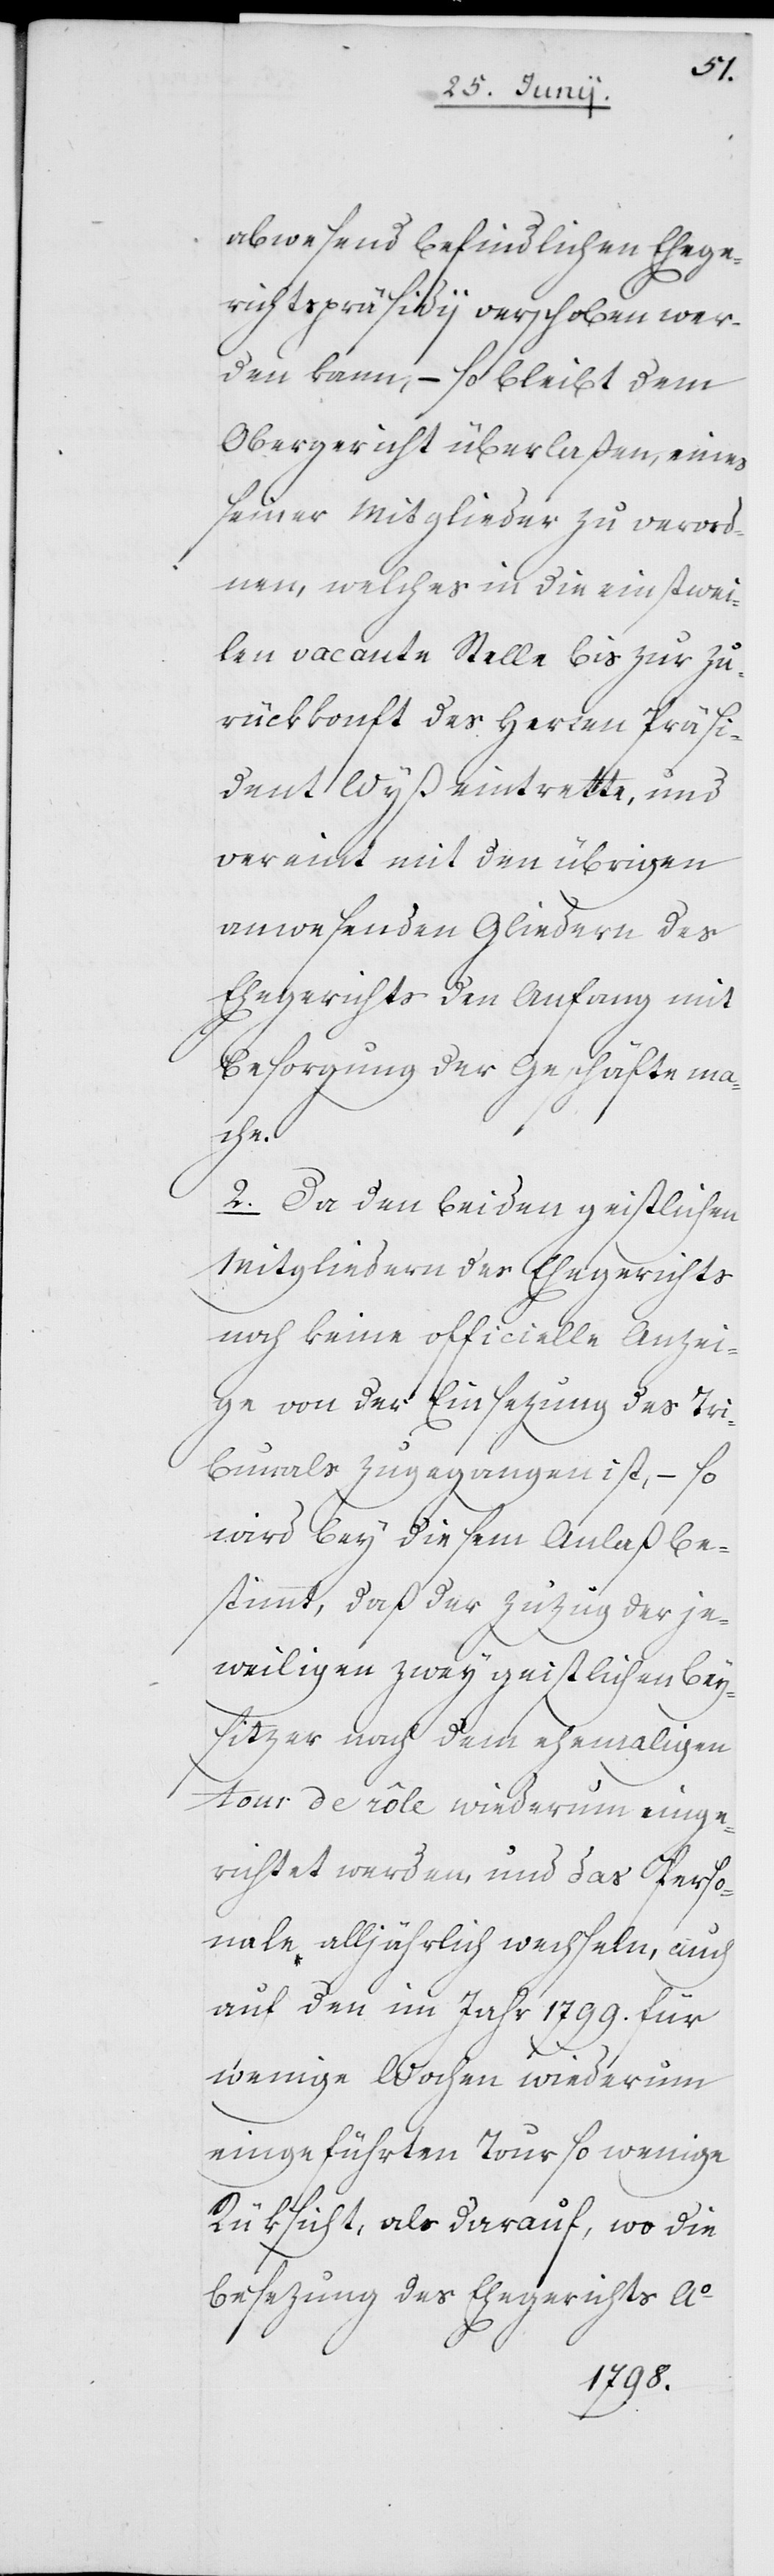
abwesend befindlichen Ehege¬
richtspräsidij verschoben wer¬
den kann, – so bleibt dem
Obergericht überlaßen, eines
seiner Mitglieder zu verord¬
nen, welches in die einstwei¬
len vacante Stelle bis zur Zu¬
rückkonft des Herren Präsi¬
dent Wyß eintrette, und
vereint mit den übrigen
anwesenden Gliedern des
Ehegerichts den Anfang mit
Besorgung der Geschäfte ma¬
che.
2. Da den beiden geistlichen
Mitgliedern des Ehegerichts
noch keine officielle Anzei¬
ge von der Einsezung des Tri¬
bunals zugegangen ist, – so
wird bey diesem Anlaß be¬
stimmt, daß der Zuzug der je¬
weiligen zwey geistlichen Bey¬
sizer nach dem ehemaligen
tour de rôle wiederum einge¬
richtet werden, und das Perso¬
nale alljährlich wechseln, auch
auf den im Jahr 1799. für
wenige Wochen wiederum
eingeführten Tour so wenige
Rüksicht, als darauf, wo die
Besezung des Ehegerichts Ao